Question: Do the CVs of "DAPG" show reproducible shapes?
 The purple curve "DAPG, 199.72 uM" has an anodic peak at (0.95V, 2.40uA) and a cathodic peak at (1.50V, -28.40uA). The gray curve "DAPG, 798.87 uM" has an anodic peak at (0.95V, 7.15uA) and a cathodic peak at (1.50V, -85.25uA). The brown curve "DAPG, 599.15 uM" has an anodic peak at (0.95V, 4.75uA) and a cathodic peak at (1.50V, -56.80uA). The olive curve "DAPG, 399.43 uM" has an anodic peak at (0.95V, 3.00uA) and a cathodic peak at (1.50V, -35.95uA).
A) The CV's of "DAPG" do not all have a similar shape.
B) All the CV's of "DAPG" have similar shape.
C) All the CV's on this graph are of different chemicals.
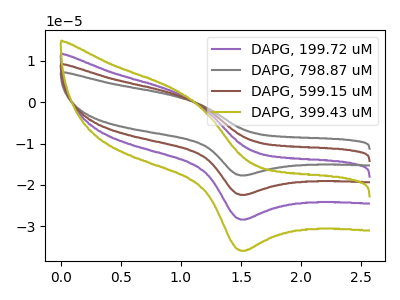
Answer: <think>All the peaks in "DAPG, 199.72 uM" have a peak in "DAPG, 798.87 uM" at the same potential. Every peak in "DAPG, 199.72 uM" is lower than every peak in "DAPG, 798.87 uM". All the peaks in "DAPG, 199.72 uM" have a peak in "DAPG, 599.15 uM" at the same potential. Every peak in "DAPG, 199.72 uM" is lower than every peak in "DAPG, 599.15 uM". All the peaks in "DAPG, 199.72 uM" have a peak in "DAPG, 399.43 uM" at the same potential. Every peak in "DAPG, 199.72 uM" is lower than every peak in "DAPG, 399.43 uM". All the peaks in "DAPG, 798.87 uM" have a peak in "DAPG, 599.15 uM" at the same potential. Every peak in "DAPG, 798.87 uM" is higher than every peak in "DAPG, 599.15 uM". All the peaks in "DAPG, 798.87 uM" have a peak in "DAPG, 399.43 uM" at the same potential. Every peak in "DAPG, 798.87 uM" is higher than every peak in "DAPG, 399.43 uM". All the peaks in "DAPG, 599.15 uM" have a peak in "DAPG, 399.43 uM" at the same potential. Every peak in "DAPG, 599.15 uM" is higher than every peak in "DAPG, 399.43 uM".
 </think>
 <answer>B) All the CV's of "DAPG" have similar shape.</answer>
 <eval>B</eval>